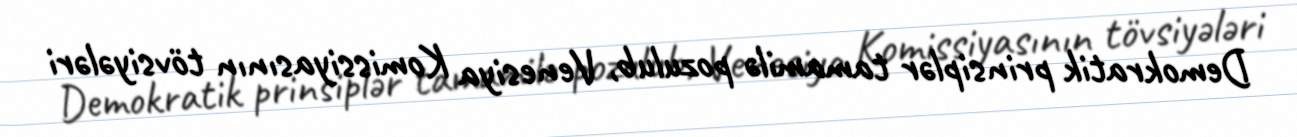
Demokratik prinsiplər tamamilə pozulub, Venesiya Komissiyasının tövsiyələri